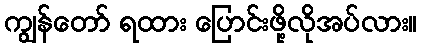
ကျွန်တော် ရထား ပြောင်းဖို့လိုအပ်လား။